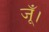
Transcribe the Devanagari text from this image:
जूँ।